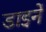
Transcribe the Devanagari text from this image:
डाइनें